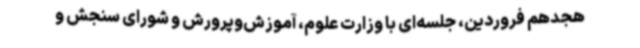
هجدهم فروردین، جلسه‌ای با وزارت علوم، آموزش‌وپرورش و شورای سنجش و